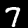
Label: 7